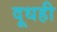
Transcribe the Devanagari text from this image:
दूधही